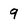
Character: q